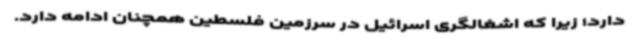
دارد؛ زیرا که اشغالگری اسرائیل در سرزمین فلسطین همچنان ادامه دارد.